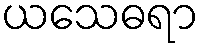
ယသေဓရာ